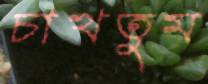
চাখতুম